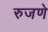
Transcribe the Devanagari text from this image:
रुजणे